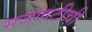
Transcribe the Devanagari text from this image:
सजावटीची